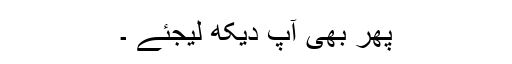
پھر بھی آپ دیکھ لیجئے ۔